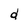
Character: d